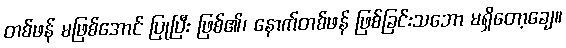
တစ်ဖန် မဖြစ်အောင် ပြုပြီး ဖြစ်၏၊ နောက်တစ်ဖန် ဖြစ်ခြင်းသဘော မရှိတော့ချေ။